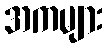
အကများ